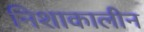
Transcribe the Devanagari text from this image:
निशाकालीन